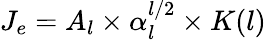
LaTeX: J_{e}=A_{l}\times\alpha_{l}^{l/2}\times K(l)